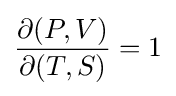
{\frac {\partial (P,V)}{\partial (T,S)}}=1